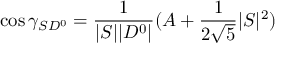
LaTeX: \cos \gamma _ { S D ^ { 0 } } = { \frac { 1 } { | S | | D ^ { 0 } | } } ( A + { \frac { 1 } { 2 \sqrt 5 } } | S | ^ { 2 } )